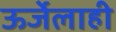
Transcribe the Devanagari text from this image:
ऊर्जेलाही